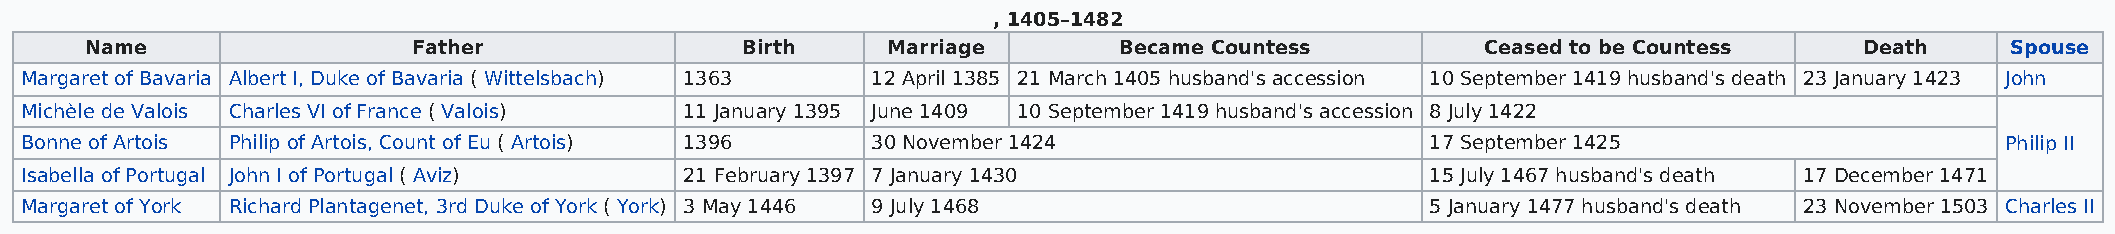
, 1405–1482
 Name                 Father                Birth     Marriage       Became Countess         Ceased to be Countess    Death     Spouse
 Margaret of Bavaria Albert I, Duke of Bavaria ( Wittelsbach) 1363 12 April 1385 21 March 1405 husband's accession 10 September 1419 husband's death 23 January 1423 John
 Michèle de Valois Charles VI of France ( Valois) 11 January 1395 June 1409 10 September 1419 husband's accession 8 July 1422
 Bonne of Artois Philip of Artois, Count of Eu ( Artois) 1396 30 November 1424                 17 September 1425                     Philip II
 Isabella of Portugal John I of Portugal ( Aviz) 21 February 1397 7 January 1430               15 July 1467 husband's death 17 December 1471
 Margaret of York Richard Plantagenet, 3rd Duke of York ( York) 3 May 1446 9 July 1468         5 January 1477 husband's death 23 November 1503 Charles II